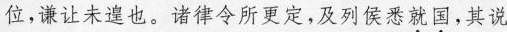
位，谦让未遑也。诸律令所更定，及列侯悉\underset{·}{就}\underset{·}{国}，其说